Scientific memoirs by medical officers of the Army of India - Part III,
Year: 1887
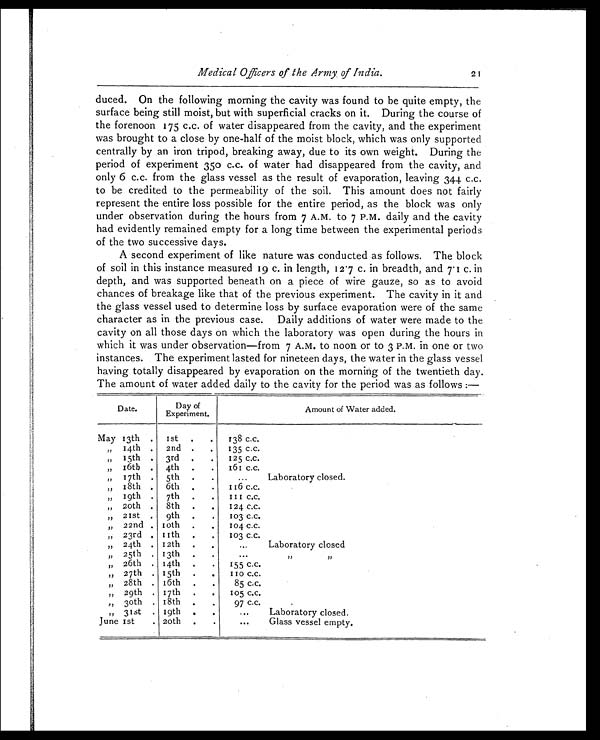
Medical Officers of the Army of India .
21
duced. On the following morning the cavity was found to be quite empty, the
surface being still moist, but with superficial cracks on it. During the course of
t h e f o r e n o o n 1 7 5 c . c . o f w a t e r d i s a p p e a r e d f r o m t h e c a v i t y , a n d t h e e x p e r i m e n t
was brought to a close by one-half of the moist block, which was only supported
centrally by an iron tripod, breaking away, due to its own weight. During the
period of experiment 350 c.c. of water had disappeared from the cavity, and
only 6 c.c. from the glass vessel as the result of evaporation, leaving 344 c.c.
to be credited to the permeability of the soil. This amount does not fairly
represent the entire loss possible for the entire period, as the block was only
under observation during the hours from 7 A.M. to 7 P.M. daily and the cavity
had evidently remained empty for a long time between the experimental periods
of the two successive days.
A second experiment of like nature was conducted as follows. The block
of soil in this instance measured 19 c. in length, 12.7 c. in breadth, and 7.1 c. in
depth, and was supported beneath on a piece of wire gauze, so as to avoid
chances of breakage like that of the previous experiment. The cavity in it and
the glass vessel used to determine loss by surface evaporation were of the same
character as in the previous case. Daily additions of water were made to the
cavity on all those days on which the laboratory was open during the hours in
which it was under observation—from 7 A.M. to noon or to 3 P.M. in one or two
instances. The experiment lasted for nineteen days, the water in the glass vessel
having totally disappeared by evaporation on the morning of the twentieth day.
The amount of water added daily to the cavity for the period was as follows :—
Date.
Day of
Experi ment.
Amount of Water added.
May 13th . 1st . . 138 c.c.
„ 14th . 2nd . . 135 c.c.
„ 15th . 3rd . . 125 C.C.
„ 16th . 4th . . 161 c.c.
„ 17th . 5th . . ... Laboratory closed.
„ 18th . 6th . . 116 c.c.
, ,
1 9 t h
. 7th . .
1 1 1
c . c .
„
2 0 t h
. 8th . . 124 c.c.
, ,
2 1 s t
. 9th . . 103 C.C.
, ,
2 2 n d
. 10t h
104 c.c.
, ,
2 3 r d
.
1 1 t h 103 c.c.
„ 24th . 12th . .
. . . Laboratory closed
,, 25th . 13th . .
. . .
,, ,,
„ 26th . 14h . . 155 c.c.
, ,
2 7 t h
. 15th .
1 1 0 C . C .
„ 28th . 16th . . 85 c.c.
, ,
2 9 t h
. 17th . . 105 c.c.
„ 3oth . 18th . . 97 c.c.
„ 31st . 19th . . . . .
Laboratory closed.
June 1st . 20th . .
. . . Glass vessel empty.